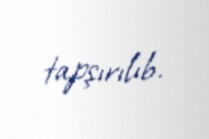
tapşırılıb.